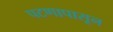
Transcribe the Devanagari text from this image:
पटणापासून